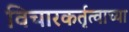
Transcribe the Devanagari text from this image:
विचारकर्तृत्वाच्या